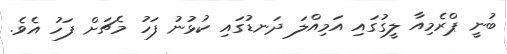
ބުނީ ޕްރެމިއާ ލީގުގައި އަމިއްލަ ދަނޑުގައި ކުޅުނު ފަހު މެޗަށް ފަހު އެވެ.